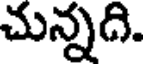
చున్నది.